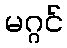
မဂ္ဂင်